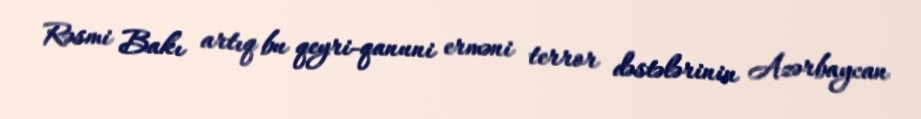
Rəsmi Bakı artıq bu qeyri-qanuni erməni terror dəstələrinin Azərbaycan